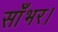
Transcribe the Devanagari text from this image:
साँभर।